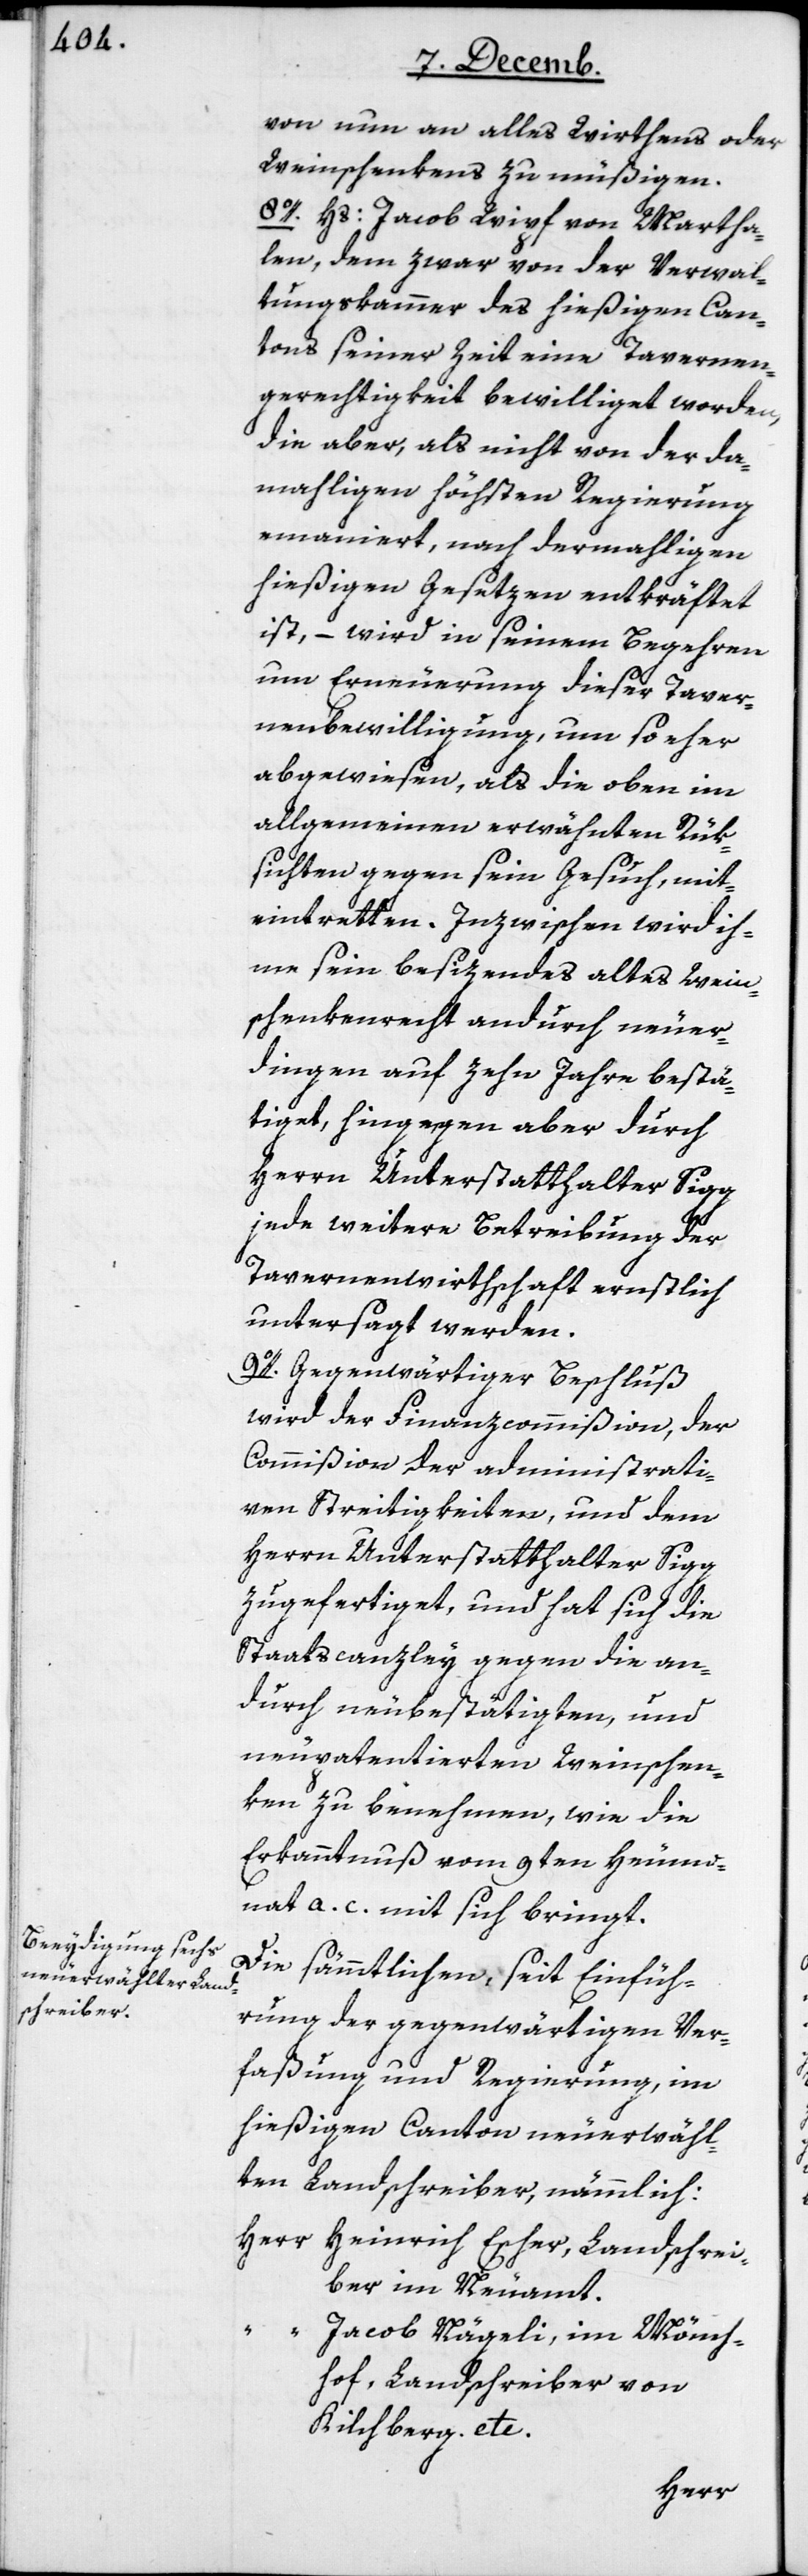
von nun an alles Wirtens oder
Weinschenkens zu müßigen.
8o. Hs. Jacob Wipf von Martha¬
len, dem zwar von der Verwal¬
tungskammer des hießigen Can¬
tons seiner Zeit eine Tavernen¬
gerechtigkeit bewilliget worden,
die aber, als nicht von der da¬
mahligen höchsten Regierung
emaniert, nach dermahligen
hießigen Gesetzen entkräftet
ist, – wird in seinem Begehren
um Erneuerung dieser Taver¬
nenbewilligung um so eher
abgewiesen, als die oben im
Allgemeinen erwähnten Rük¬
sichten gegen sein Gesuch, mit¬
eintretten. Inzwischen wird ih¬
me sein besizendes altes Weins¬
chenkenrecht andurch neuer¬
dingen auf zehn Jahre bestä¬
tiget, hingegen aber durch
Herrn Unterstatthalter Sigg
jede weitere Betreibung der
Tavernenwirthschaft ernstlich
untersagt werden.
9o. Gegenwärtiger Beschluß
wird der Finanzcommißion, der
Commißion der administrati¬
ven Streitigkeiten und dem
Herrn Unterstatthalter Sigg
zugefertigt, und hat sich die
Staatscanzley gegen die an¬
durch neu bestätigten und
neu patentierten Weinschen¬
ken zu benehmen, wie die
Erkanntnuß vom 9ten Heumo¬
nat a. c. mit sich bringt.
Die sämmtlichen, seit Einfüh¬
rung der gegenwärtigen Ver¬
faßung und Regierung, im
hießigen Canton neu erwähl¬
ten Landschreiber, nämmlich:
Herr Heinrich Escher, Landschrei¬
ber im Neuamt.
“ Jacob Nägeli, im Mönch¬
hof, Landschreiber von
Kilchberg etc.